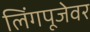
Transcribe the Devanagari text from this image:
लिंगपूजेवर